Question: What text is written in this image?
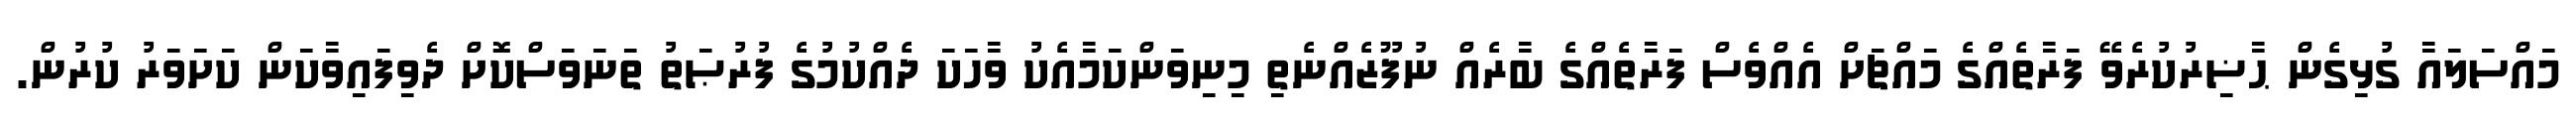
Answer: މައްސަލައާ ގުޅިގެން ޙާޟިރުކުރެވޭ ފަރާތެއްގެ މައްޗަށް އެއްވެސް ފަރާތެއްގެ ބާރެއް ނުފޫޒެއްނެތި މިނިވަންކަމާއެކު ވާހަކަ ދެއްކުމުގެ ފުރުޞަތު ތަނަވަސްކޮށް ދެވިފައިވާކަން ކަށަވަރު ކުރުން.